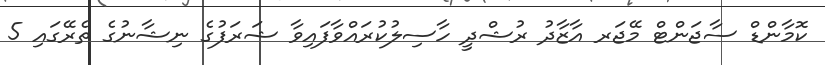
ކޮމާންޑް ސާޖަންޓް މޭޖަރ އާޒާދު ރުޝްދީ ހާސިލުކުރައްވާފައިވާ ޝަރަފުގެ ނިޝާނުގެ ތެރޭގައި 5